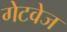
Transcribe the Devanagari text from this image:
गेटवेज